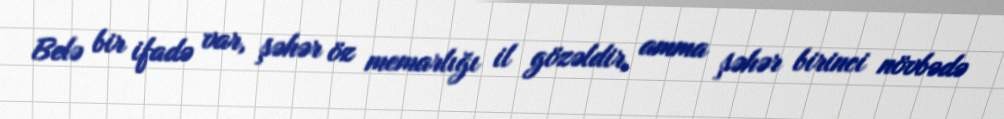
Belə bir ifadə var, şəhər öz memarlığı il gözəldir, amma şəhər birinci növbədə